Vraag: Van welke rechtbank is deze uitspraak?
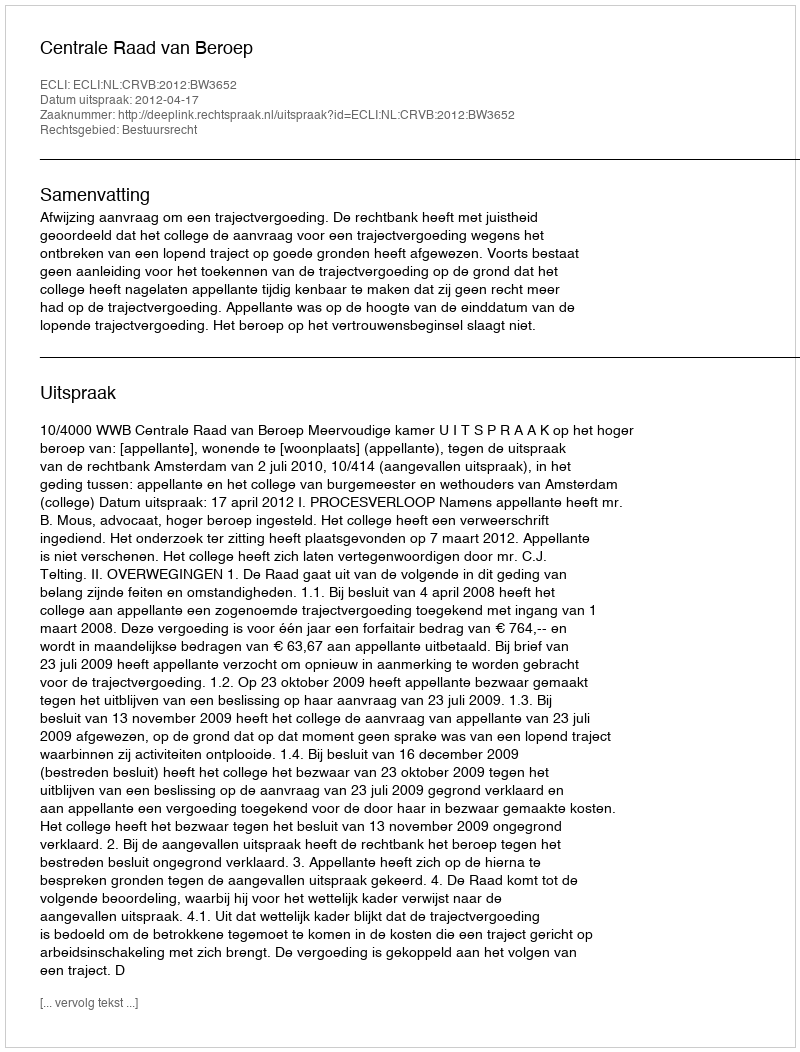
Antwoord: Centrale Raad van Beroep